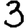
Digit: 3